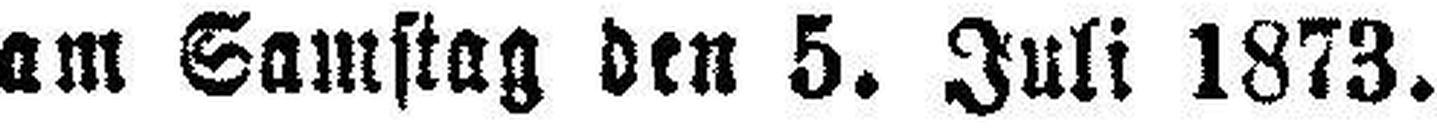
am Samstag den 5. Juli 1873.